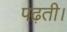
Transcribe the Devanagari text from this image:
पढ़ती।